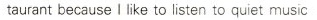
taurant because I like to listen to quiet music